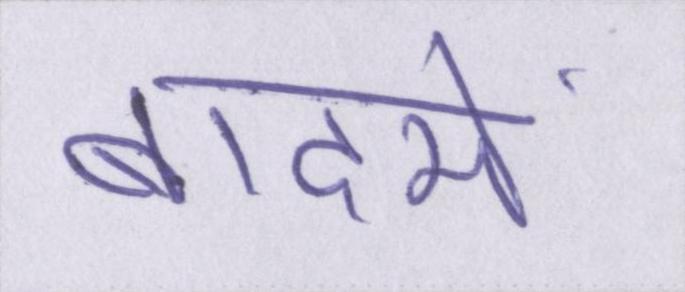
बादमें